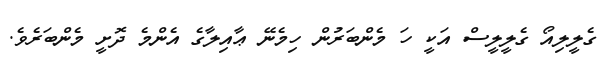
ގެލީލިއޯ ގެލީލީސް އަކީ ހަ މެންބަރުން ހިމެނޭ ޢާއިލާގެ އެންމެ ދޮށީ މެންބަރެވެ.